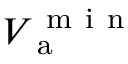
V _ { \mathrm { ~ a ~ } } ^ { \mathrm { ~ m ~ i ~ n ~ } }